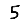
Digit: 5